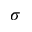
\sigma